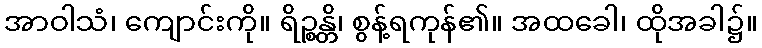
အာဝါသံ၊ ကျောင်းကို။ ရိဉ္စန္တိ၊ စွန့်ရကုန်၏။ အထခေါ၊ ထိုအခါ၌။